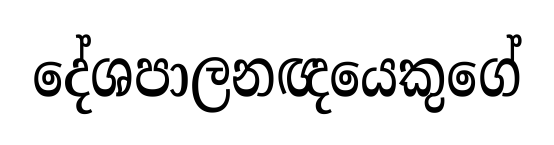
දේශපාලනඥයෙකුගේ